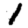
Digit: 1